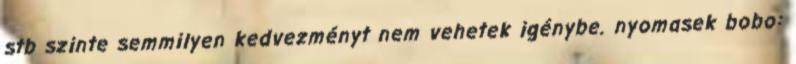
stb szinte semmilyen kedvezményt nem vehetek igénybe. nyomasek bobo: